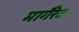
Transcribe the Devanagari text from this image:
मागैंरेट